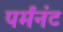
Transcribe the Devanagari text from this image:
पर्मंनंट